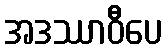
အဒဿာဝီပေ